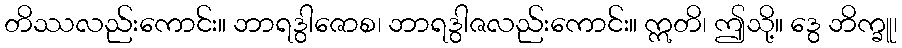
တိဿလည်းကောင်း။ ဘာရဒွါဇောစ၊ ဘာရဒွါဇလည်းကောင်း။ ဣတိ၊ ဤသို့။ ဒွေ ဘိက္ခူ၊